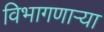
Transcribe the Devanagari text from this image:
विभागणाऱ्या